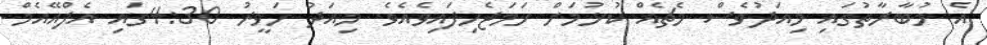
އެ މުބާރާތުގައި މިއަދުވެސް މެޗެއް ކުޅުމަށް ހަމަޖެހިފައިވެއެވެ. މިއަދު ހަވީރު 4:30ގައި އެފްއޭއެމް